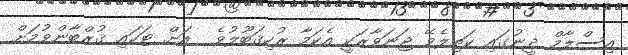
އިސްލާމް ދީނުގައި ކަތިލެވޭ ޖަނަވާރަކީ އެކަމާ ރުހިޤަބޫލުވެ  އަށް ޓަކައި ޤުރްބާންވުމަށް